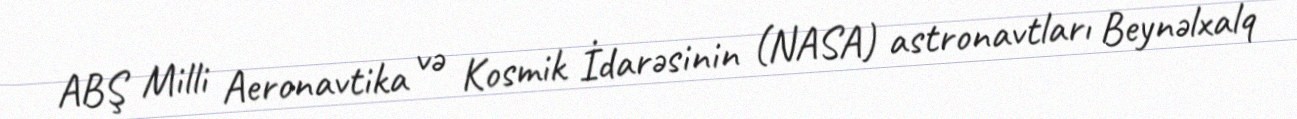
ABŞ Milli Aeronavtika və Kosmik İdarəsinin (NASA) astronavtları Beynəlxalq